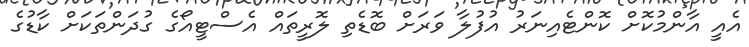
އެއީ އާންމުކޮށް ކޮންޓެއިނަރު އުފުލާ ވަރަށް ބޮޑެތި ލޮރީތައް އެސްޓީއޯގެ ގުދަންތަކަށް ކާޑުގެ